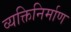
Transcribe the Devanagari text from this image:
व्यक्तिनिर्माण